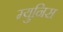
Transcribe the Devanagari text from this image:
म्युनिस